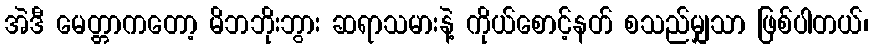
အဲဒီ မေတ္တာကတော့ မိဘဘိုးဘွား ဆရာသမားနဲ့ ကိုယ်စောင့်နတ် စသည်မျှသာ ဖြစ်ပါတယ်၊